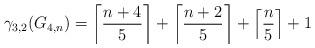
LaTeX: \begin{align*} \gamma_{3,2}(G_{4,n}) = \left\lceil \frac{n+4}{5}\right\rceil + \left\lceil \frac{n+2}{5}\right\rceil + \left\lceil \frac{n}{5}\right\rceil +1 \end{align*}